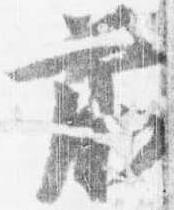
前